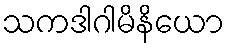
သကဒါဂါမိနိယော